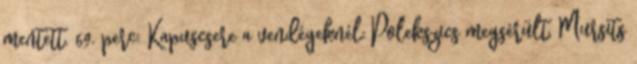
mentett. 69. perc: Kapuscsere a vendégeknél: Polekszics megsérült, Mursits